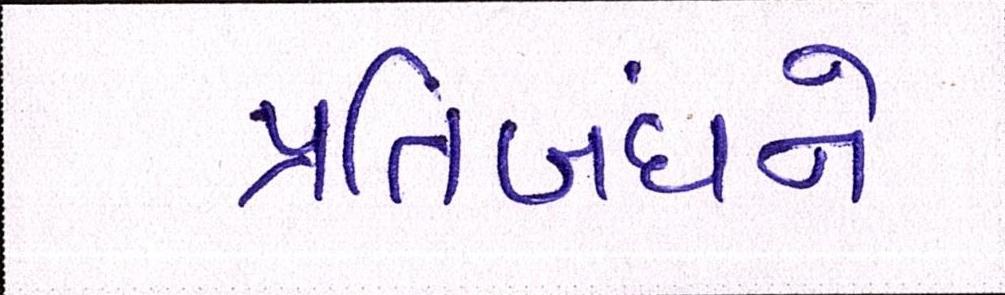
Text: પ્રતિબંધને